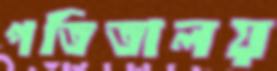
পতিতালয়